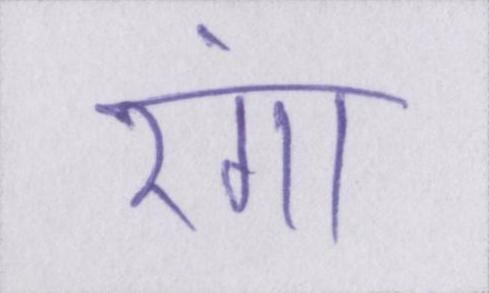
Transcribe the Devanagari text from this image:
रंगा